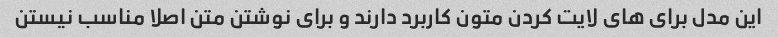
این مدل برای های لایت کردن متون کاربرد دارند و برای نوشتن متن اصلا مناسب نیستن